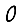
Digit: 0